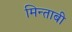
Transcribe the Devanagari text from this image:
मिन्ताबी